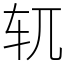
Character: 𫐄